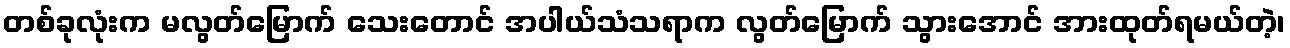
တစ်ခုလုံးက မလွတ်မြောက် သေးတောင် အပါယ်သံသရာက လွတ်မြောက် သွားအောင် အားထုတ်ရမယ်တဲ့၊